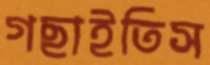
গছাইতিস